Civil Veterinary Dept. Bombay admin report 1923-31 - 1923-1931
Year: 1923
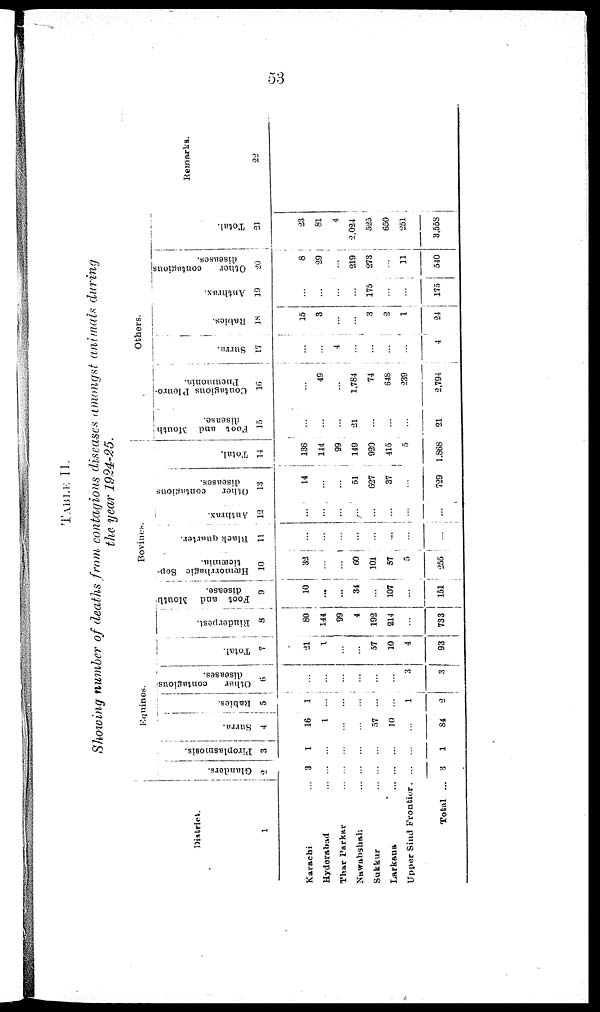
53
TABLE
II.
Showing
number
of deaths
from
contagious
diseases
amongst
animals
during
the year
1924-25.
District.
1
Karachi ...
Hyderabad ...
Thar Parkar ...
Nawabshah ...
Sukkur ...
Larkana ...
Upper Sind Frontier.
Total ...
Equines.
Glanders.
2
3
...
...
...
...
...
...
3
Pironlasmosis.
3
1
...
...
...
...
...
...
1
Surra.
4
16
1
...
...
57
10
...
84
Rabies.
5
1
...
...
...
...
...
1
2
Other
contagious
diseases.
6
...
...
...
...
...
...
3
3
Total.
7
21
1
...
...
57
10
4
93
Bovines.
Rinderpest.
8
80
144
99
4
192
314
...
733
Foot and Mouth
disease.
9
10
...
...
34
...
107
...
151
Hæmorrhagic Sep-
ticæmia.
10
32
...
60
101
57
5
255
Black Quarter.
11
...
...
...
...
...
...
...
...
Anthrax.
12
...
...
...
...
...
...
...
...
Other
contusions
diseases.
13
14
...
...
51
627
37
...
729
Total.
14
136
144
...
149
920
415
...
1,868
Others.
Foot and Mouth
disease.
15
...
...
...
21
...
...
...
21
Contagious Pleuro-
pneumonia.
16
...
49
...
1,784
74
648
239
2,794
Surra.
17
...
...
4
...
...
...
...
4
Rabies.
18
15
3
...
...
3
2
1
24
Anthrax.
19
...
...
...
...
175
...
...
175
Other
contagious
diseases.
20
8
29
...
219
273
...
11
540
Total.
21
23
81
4
2,024
525
650
251
3,558
Remarks.
22